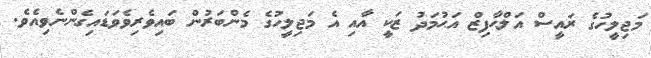
މަޖިލީހުގެ ރައީސް އަލްޙާފިޒް އަޙުމަދު ޒަކީ އާއި އެ މަޖިލީހުގެ މެންބަރުން ބައިވެރިވެވަޑައިގެންނެވިއެވެ.